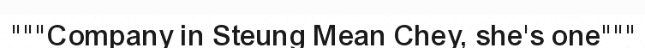
"""Company in Steung Mean Chey, she's one"""